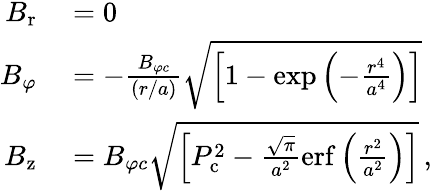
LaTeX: \begin{array}{rl}{B_{\mathrm{r}}}&{{}=0}\\ {B_{\varphi}}&{{}=-\frac{B_{\varphi c}}{(r/a)}\sqrt{\left[1-\mathrm{exp}\left(-\frac{r^{4}}{a^{4}}\right)\right]}}\\ {B_{\mathrm{z}}}&{{}=B_{\varphi c}\sqrt{\left[P_{\mathrm{c}}^{2}-\frac{\sqrt{\pi}}{a^{2}}\mathrm{erf}\left(\frac{r^{2}}{a^{2}}\right)\right]}\, ,}\end{array}